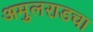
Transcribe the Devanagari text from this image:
अमुलराडचा